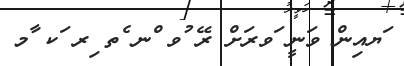
ަޔއިން ވަނީ ަވރަށް ރޭ ުވ ްނ ެތ ިރ ަކ ާމ